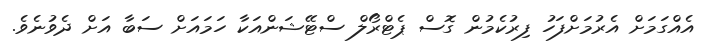
އެއްގަމަށް އެރުމަށްފަހު ފިރުކެމުން ގޮސް ޕެޓްރޯލް ސްޓޭޝަންއަކާ ހަމައަށް ސަބާ އަށް ދެވުނެވެ.